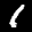
Label: 1